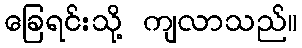
ခြေရင်းသို့ ကျလာသည်။